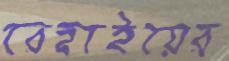
রেহাইয়ের